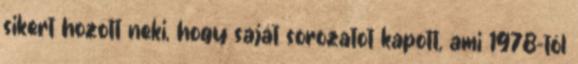
sikert hozott neki, hogy saját sorozatot kapott, ami 1978-tól